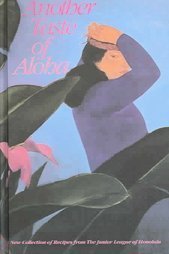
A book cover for Another Taste of Aloha (ILLUSTRATED); Junior League of Honolulu; Cookbooks, Food & Wine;